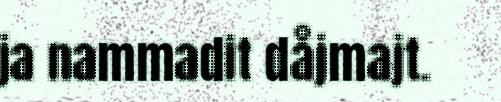
ja nammadit dåjmajt.